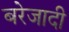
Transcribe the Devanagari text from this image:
बरेजादी